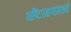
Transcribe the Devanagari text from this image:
यष्टिरक्षणामध्ये